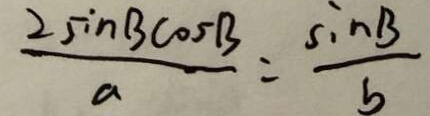
\frac { 2 \sin B \cos B } { a } = \frac { \sin B } { b }